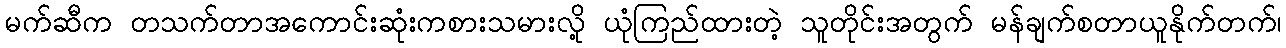
မက်ဆီက တသက်တာအကောင်းဆုံးကစားသမားလို့ ယုံကြည်ထားတဲ့ သူတိုင်းအတွက် မန်ချက်စတာယူနိုက်တက်၊